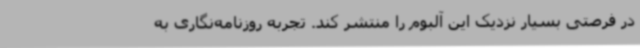
در فرصتی بسیار نزدیک این آلبوم را منتشر کند. تجربه روزنامه‌نگاری به